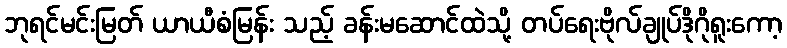
ဘုရင်မင်းမြတ် ယာယီစံမြန်း သည့် ခန်းမဆောင်ထဲသို့ တပ်ရေးဗိုလ်ချုပ်ဒိုဂိုရူးကော့